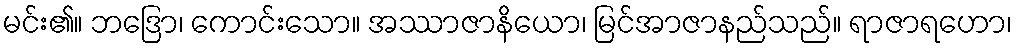
မင်း၏။ ဘဒြော၊ ကောင်းသော။ အဿာဇာနိယော၊ မြင်အာဇာနည်သည်။ ရာဇာရဟော၊